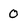
Character: 0